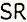
SR